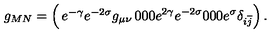
g _ { M N } = \left( \begin{matrix} { e ^ { - \gamma } e ^ { - 2 \sigma } g _ { \mu \nu } } & { 0 } & { 0 } \\ { 0 } & { e ^ { 2 \gamma } e ^ { - 2 \sigma } } & { 0 } \\ { 0 } & { 0 } & { e ^ { \sigma } \delta _ { i \overline { j } } } \\ \end{matrix} \right) .